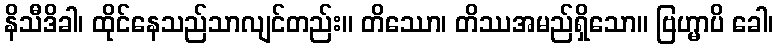
နိသီဒိခါ၊ ထိုင်နေသည်သာလျင်တည်း။ တိဿော၊ တိဿအမည်ရှိသော။ ဗြဟ္မာပိ ခေါ၊